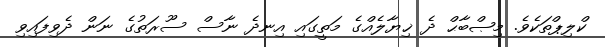
ކްލިޕްތަކެވެ. މިޞްބާޙް ދެ ޚިޔާލެއްގެ މަތީގައި އިނދެ ނާސް ސޫރަތުގެ ނަން ދެވިފައިވި